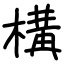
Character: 構